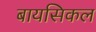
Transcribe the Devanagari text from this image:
बायसिकल